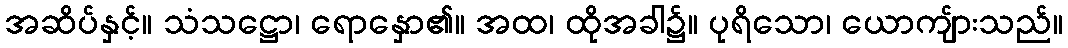
အဆိပ်နှင့်။ သံသဋ္ဌော၊ ရောနှော၏။ အထ၊ ထိုအခါ၌။ ပုရိသော၊ ယောကျ်ားသည်။